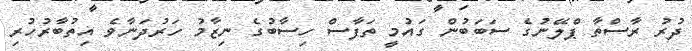
ދުރު ރާސްތާ ޕްލޭނުގެ ސަބަބުން ގައުމީ ތަފާސް ހިސާބުގެ ނިޒާމު ހަރުދަނާވެ އިތުބާރުހުރި